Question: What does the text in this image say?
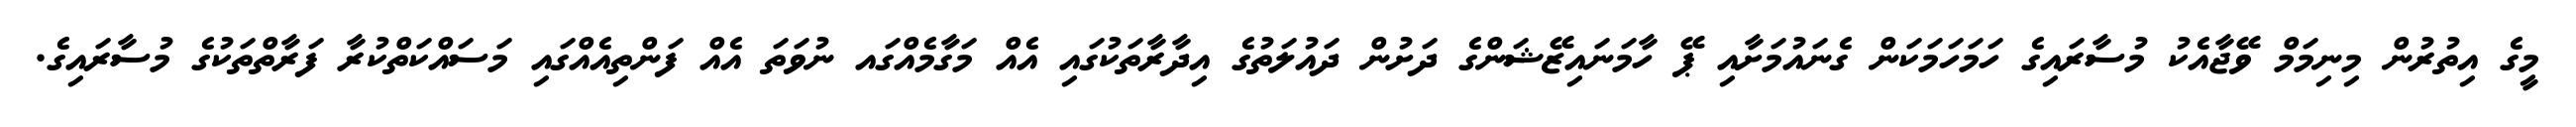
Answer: މީގެ އިތުރުން މިނިމަމް ވޭޖާއެކު މުސާރައިގެ ހަމަހަމަކަން ގެނައުމަށާއި ޕޭ ހާމަނައިޒޭޝަންގެ ދަށުން ދައުލަތުގެ އިދާރާތަކުގައި އެއް މަގާމެއްގައ ނުވަތަ އެއް ފަންތިއެއްގައި މަސައްކަތްކުރާ ފަރާތްތަކުގެ މުސާރައިގެ.